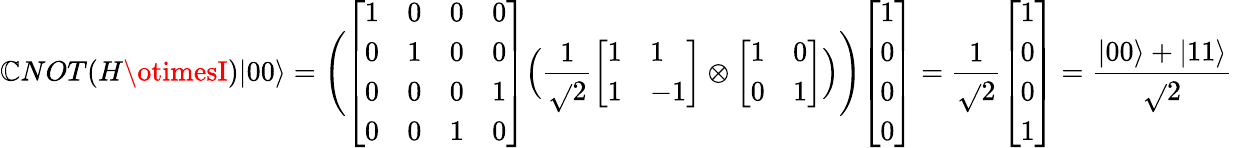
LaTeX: \mathbb{C}NOT(H\otimesI)|00\rangle={\Bigg(}{\left[\begin{array}{llll}{1}&{0}&{0}&{0}\\ {0}&{1}&{0}&{0}\\ {0}&{0}&{0}&{1}\\ {0}&{0}&{1}&{0}\end{array}\right]}{\Big(}{\frac{{1}}{{\sqrt{}{{2}}}}}{\left[\begin{array}{ll}{1}&{1}\\ {1}&{-1}\end{array}\right]}\otimes{\left[\begin{array}{ll}{1}&{0}\\ {0}&{1}\end{array}\right]}{\Big)}{\Bigg)}{\left[\begin{array}{l}{1}\\ {0}\\ {0}\\ {0}\end{array}\right]}={\frac{{1}}{{\sqrt{}{{2}}}}}{\left[\begin{array}{l}{1}\\ {0}\\ {0}\\ {1}\end{array}\right]}={\frac{{|00\rangle+|11\rangle}}{{\sqrt{}{{2}}}}}